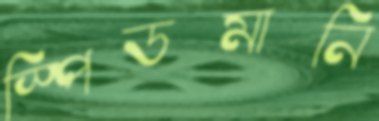
স্পিডমানি